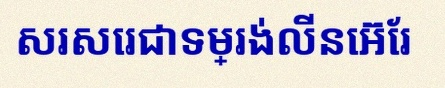
សរសេរជាទម្រង់លីនេអ៊ែរ